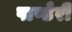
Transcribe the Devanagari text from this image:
पाण्डेरी